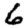
Digit: 6